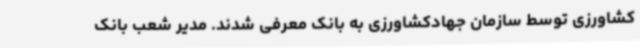
کشاورزی توسط سازمان جهادکشاورزی به بانک معرفی شدند. مدیر شعب بانک